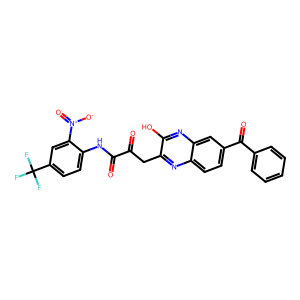
SMILES: O=C(Cc1nc2ccc(C(=O)c3ccccc3)cc2nc1O)C(=O)Nc1ccc(C(F)(F)F)cc1[N+](=O)[O-]
Inhibits HIV replication: No